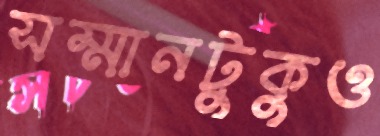
সম্মানটুকুও